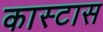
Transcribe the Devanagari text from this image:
कास्टास